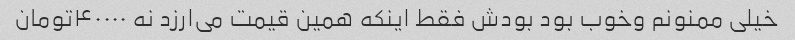
خیلی ممنونم وخوب بود بودش فقط اینکه همین قیمت می‌ارزد نه ۴۰۰۰۰تومان